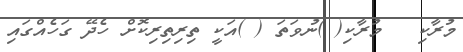
މުރާކި   މުރާކި( )ނުވަތަ ( )އަކީ ތިރިތިރިކޮށް ހެދޭ ގަހެއްގައި